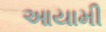
આયામી